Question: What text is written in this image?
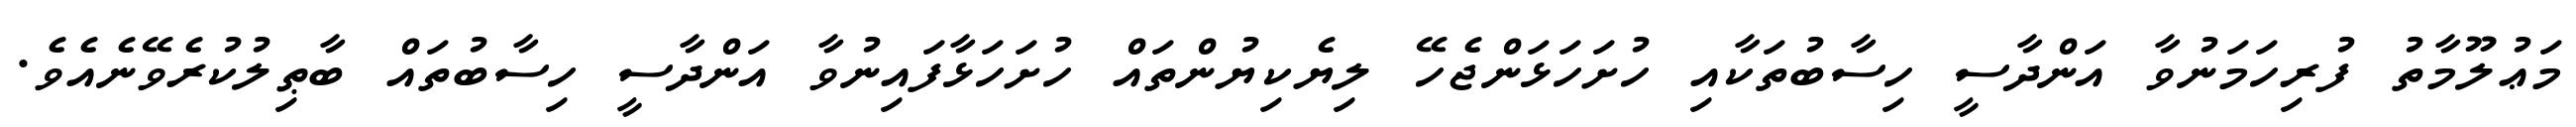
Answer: މަޢުލޫމާތު ފުރިހަމަނުވާ އަންދާސީ ހިސާބުތަކާއި ހުށަހަޅަންޖެހޭ ލިޔެކިޔުންތައް ހުށަހަޅާފައިނުވާ އަންދާސީ ހިސާބުތައް ބާޠިލުކުރެވޭނެއެވެ.